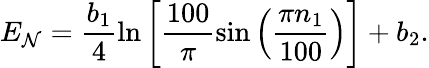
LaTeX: E_{\mathcal{N}}=\frac{b_{1}}{4}\ln\left[\frac{100}{\pi}\sin\left(\frac{\pi n_{1}}{100}\right)\right]+b_{2}.